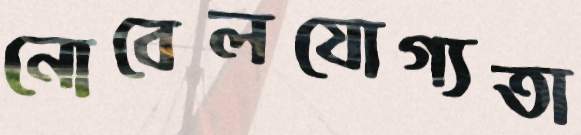
নোবেলযোগ্যতা